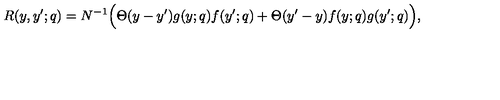
R ( y , y ^ { \prime } ; q ) = N ^ { - 1 } \Big ( \Theta ( y - y ^ { \prime } ) g ( y ; q ) f ( y ^ { \prime } ; q ) + \Theta ( y ^ { \prime } - y ) f ( y ; q ) g ( y ^ { \prime } ; q ) \Big ) ,